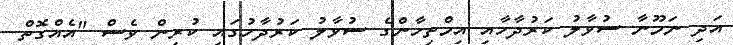
އަދި ނަމޫނާ ސުވާލު ކަރުދާހާއި އިމްތިހާންގެ ސުވާލު ކަރުދާހުގައި ކުރިން ވެސް "އެއްގޮތް